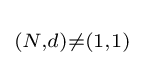
\scriptstyle (N,d)\neq (1,1)